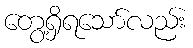
တွေ့ရှိရသော်လည်း